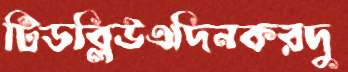
টিডব্লিউএদিনকরদু